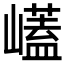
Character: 𭗡